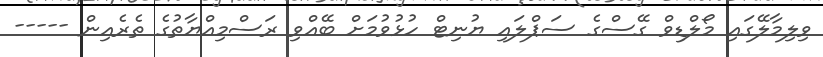
ވިލިމާލޭގައި މޯލްޑިވް ގޭސްގެ ސަޕްލައި ޔުނިޓް ހުޅުވުމަށް ބޭއްވި ރަސްމިއްޔާތުގެ ތެރެއިން -----